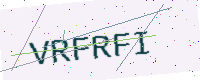
Text: VRFRFI